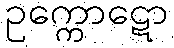
ဥက္ကောဋော